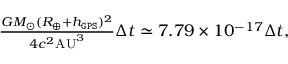
\begin{array} { r } { \frac { G M _ { \odot } ( R _ { \oplus } + h _ { \tt G P S } ) ^ { 2 } } { 4 c ^ { 2 } \mathrm { A U } ^ { 3 } } \Delta t \simeq 7 . 7 9 \times 1 0 ^ { - 1 7 } \Delta t , } \end{array}